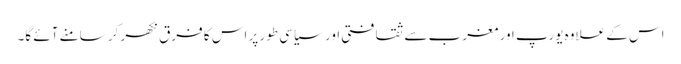
اس کے علاوہ یورپ اور مغرب سے ثقافتی اور سیاسی طور پر اس کا فرق نکھر کر سامنے آئے گا۔